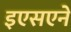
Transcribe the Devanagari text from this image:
इएसएने